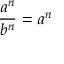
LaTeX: { \frac { a ^ { n } } { b ^ { n } } } = a ^ { n }